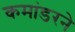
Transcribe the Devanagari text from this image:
कमांडरने